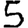
Digit: 5